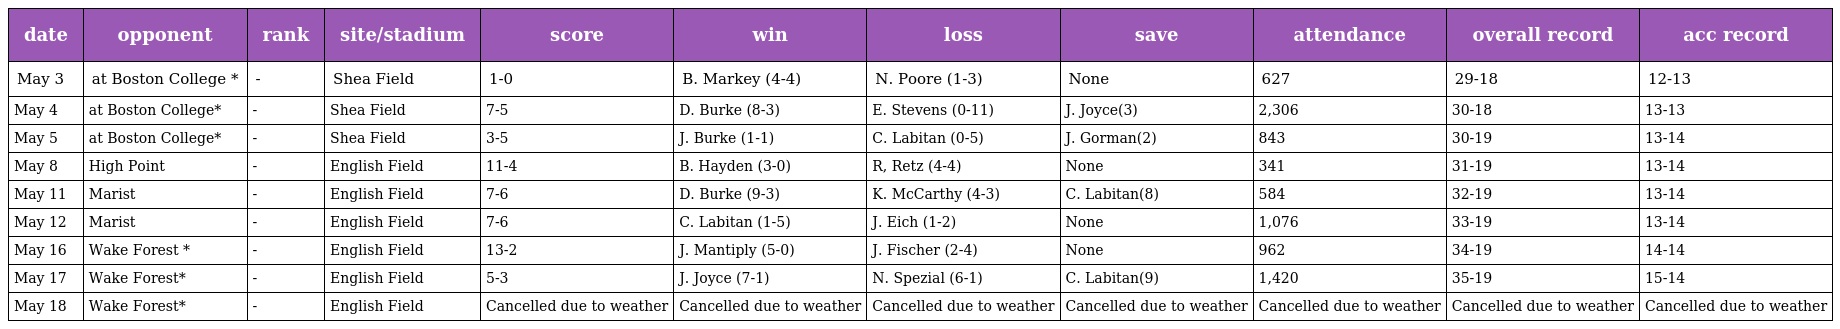
| date | opponent | rank | site/stadium | score | win | loss | save | attendance | overall record | acc record |
 | --- | --- | --- | --- | --- | --- | --- | --- | --- | --- | --- |
 | May 3 | at Boston College * | - | Shea Field | 1-0 | B. Markey (4-4) | N. Poore (1-3) | None | 627 | 29-18 | 12-13 |
 | May 4 | at Boston College* | - | Shea Field | 7-5 | D. Burke (8-3) | E. Stevens (0-11) | J. Joyce(3) | 2,306 | 30-18 | 13-13 |
 | May 5 | at Boston College* | - | Shea Field | 3-5 | J. Burke (1-1) | C. Labitan (0-5) | J. Gorman(2) | 843 | 30-19 | 13-14 |
 | May 8 | High Point | - | English Field | 11-4 | B. Hayden (3-0) | R, Retz (4-4) | None | 341 | 31-19 | 13-14 |
 | May 11 | Marist | - | English Field | 7-6 | D. Burke (9-3) | K. McCarthy (4-3) | C. Labitan(8) | 584 | 32-19 | 13-14 |
 | May 12 | Marist | - | English Field | 7-6 | C. Labitan (1-5) | J. Eich (1-2) | None | 1,076 | 33-19 | 13-14 |
 | May 16 | Wake Forest * | - | English Field | 13-2 | J. Mantiply (5-0) | J. Fischer (2-4) | None | 962 | 34-19 | 14-14 |
 | May 17 | Wake Forest* | - | English Field | 5-3 | J. Joyce (7-1) | N. Spezial (6-1) | C. Labitan(9) | 1,420 | 35-19 | 15-14 |
 | May 18 | Wake Forest* | - | English Field | Cancelled due to weather | Cancelled due to weather | Cancelled due to weather | Cancelled due to weather | Cancelled due to weather | Cancelled due to weather | Cancelled due to weather |